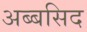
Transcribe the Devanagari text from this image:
अब्बसिद